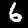
Digit: 6